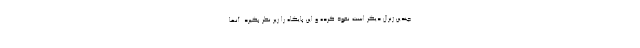
چندین ژنرال دیگر است نفوذ کرده و این پایگاه را زیر نظر بگیرد. آنها